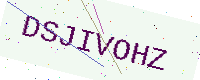
Text: DSJIVOHZ